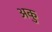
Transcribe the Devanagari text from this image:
अकु